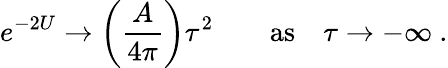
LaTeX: e^{-2U}\rightarrow\left({\frac{A}{4\pi}}\right)\tau^{2}\qquad\mathrm{as}\quad\tau\rightarrow-\infty\ .